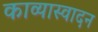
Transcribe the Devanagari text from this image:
काव्यास्वादन